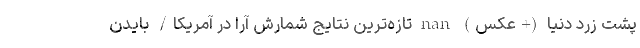
پشت زرد دنیا (+عکس) nan تازه‌ترین نتایج شمارش آرا در آمریکا/ بایدن